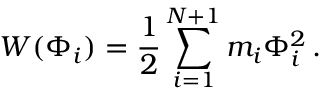
W ( \Phi _ { i } ) = { \frac { 1 } { 2 } } \sum _ { i = 1 } ^ { N + 1 } m _ { i } \Phi _ { i } ^ { 2 } \, .